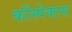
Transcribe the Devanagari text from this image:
कोंस्पेक्टस